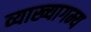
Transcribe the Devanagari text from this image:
व्याख्यागम्य